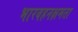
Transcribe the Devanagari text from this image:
भारवहनक्षमता